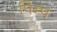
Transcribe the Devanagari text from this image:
पिम्प